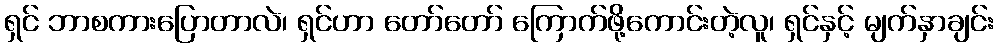
ရှင် ဘာစကားပြောတာလဲ၊ ရှင်ဟာ တော်တော် ကြောက်ဖို့ကောင်းတဲ့လူ၊ ရှင်နှင့် မျက်နှာချင်း